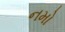
નમો